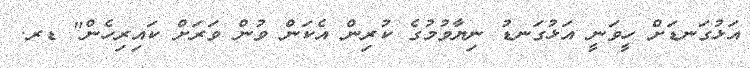
އަޅުގަނޑަށް ހީވަނީ އަޅުގަނޑު ނިޔާވުމުގެ ކުރިން އެކަން ވުން ވަރަށް ކައިރިހެން" ޑރ.